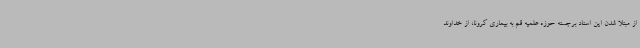
از مبتلا شدن این استاد برجسته حوزه علمیه قم به بیماری کرونا، از خداوند